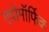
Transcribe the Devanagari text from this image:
एपोमॉर्फिक